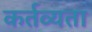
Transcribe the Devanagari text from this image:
कर्तव्यता